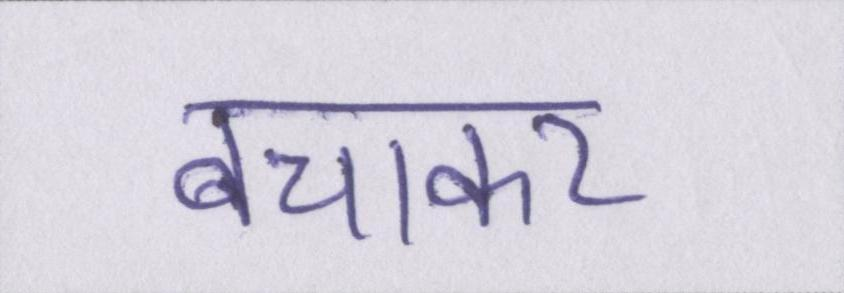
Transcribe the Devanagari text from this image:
बचाकर